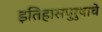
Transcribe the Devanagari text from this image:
इतिहासपुरुषाचे